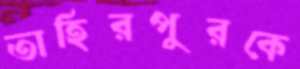
তাহিরপুরকে